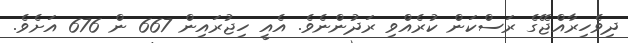
ދިވެހިރާއްޖޭގެ ރަސްކަން ކުރެއްވި ރަދުންނެވެ. އެއީ ހިޖުރައިން 667 ން 676 އަށެވެ.